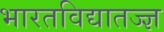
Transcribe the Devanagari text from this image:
भारतविद्यातज्ज्ञ